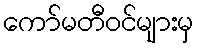
ကော်မတီဝင်များမှ